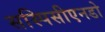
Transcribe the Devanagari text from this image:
सस्पिसीएनडो